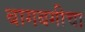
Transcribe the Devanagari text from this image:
बागबगीचा